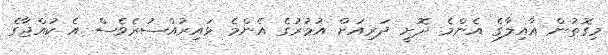
މިގޮތުން އާއިލާގެ އެންމެ ދޮށީ ދަރިއަށް އުމުރުގެ އެންމެ ޅައިރުއްސުރެވެސް އެ ކުއްޖާގެ